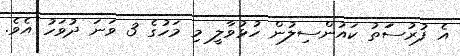
އެ ފުރުސަަތު ކައުންސިލުން ހުޅުވާލީ މި މަހުގެ 3 ވަނަ ދުވަހު އެވެ.